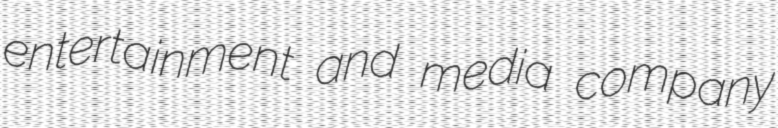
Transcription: entertainment and media company